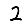
Digit: 2